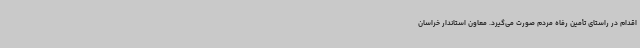
اقدام در راستای تأمین رفاه مردم صورت می‌گیرد. معاون استاندار خراسان